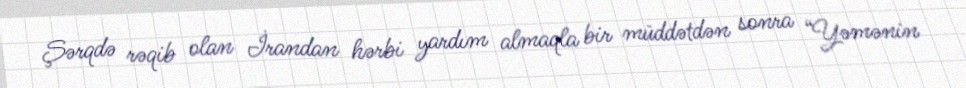
Şərqdə rəqib olan İrandan hərbi yardım almaqla bir müddətdən sonra “Yəmənin